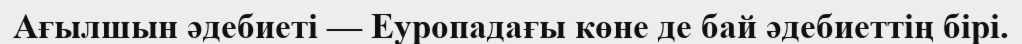
Ағылшын әдебиеті — Еуропадағы көне де бай әдебиеттің бірі.